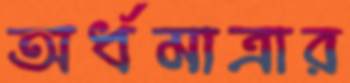
অর্ধমাত্রার